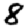
Digit: 8